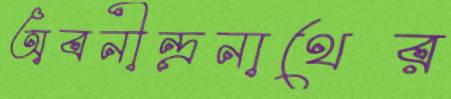
অবনীন্দ্রনাথের